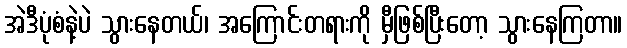
အဲဒီပုံစံနဲ့ပဲ သွားနေတယ်၊ အကြောင်းတရားကို မှီဖြစ်ပြီးတော့ သွားနေကြတာ။